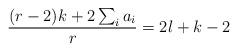
LaTeX: \begin{align*}\frac{(r-2)k + 2\sum_i a_i}{r} = 2l+k-2\end{align*}